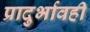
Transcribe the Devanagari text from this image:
प्रादुर्भावही